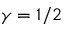
\gamma = 1 / 2